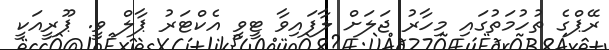
ރޭޕްގެ ތުހުމަތުގައި މިހާރު ޖަލަށް ލާފައިވާ ޓީވީ އެކްޓަރު ޕާލް ވީ. ޕޫރީއަކީ